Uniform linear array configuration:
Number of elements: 48
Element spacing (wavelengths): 0.5
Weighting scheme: uniform
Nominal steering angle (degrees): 0
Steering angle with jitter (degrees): -1.25
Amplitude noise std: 0.05
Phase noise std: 0.05

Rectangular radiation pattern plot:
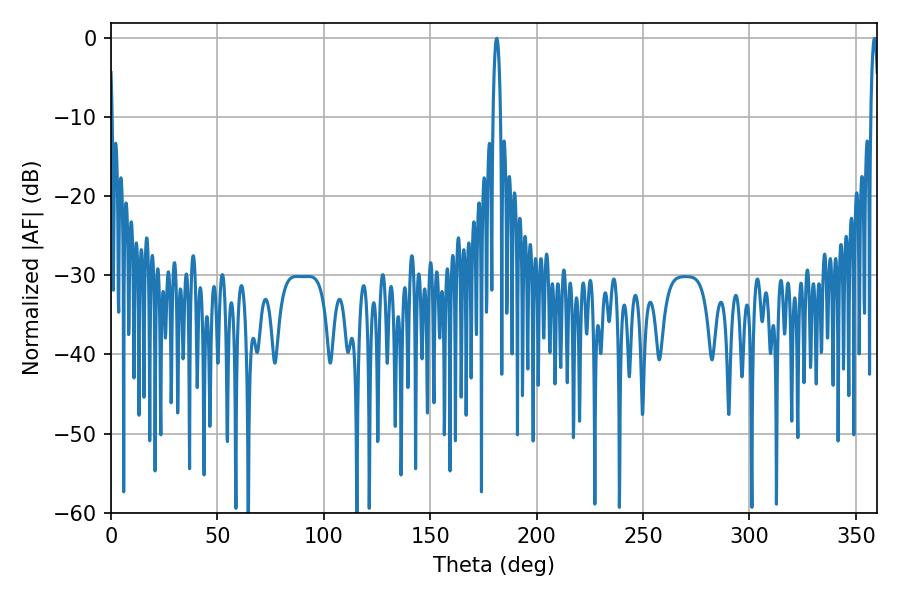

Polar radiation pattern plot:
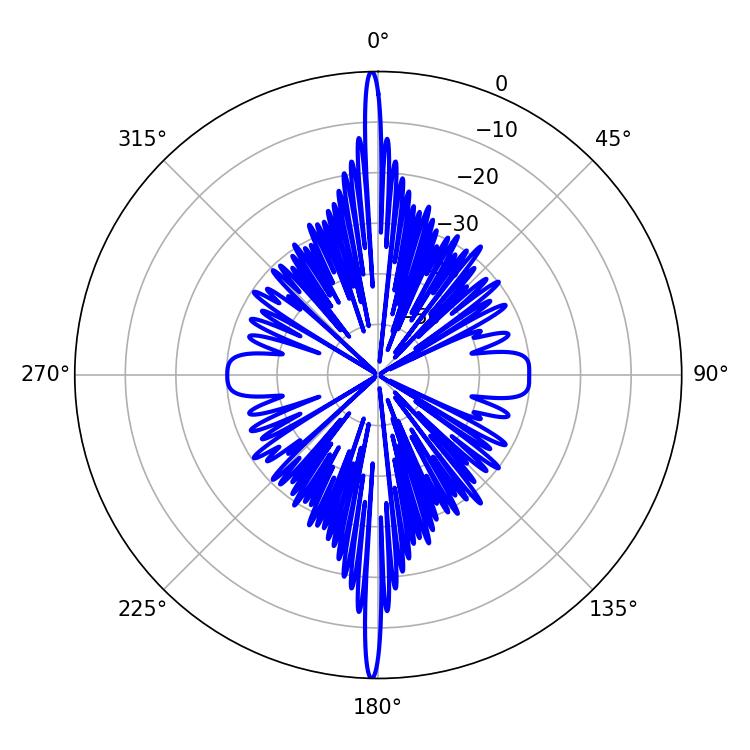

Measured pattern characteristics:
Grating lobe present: FALSE
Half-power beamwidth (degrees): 1.8
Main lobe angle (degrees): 181.26